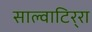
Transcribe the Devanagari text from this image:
साल्वाटिर्‍रा